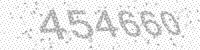
Solution: 454660